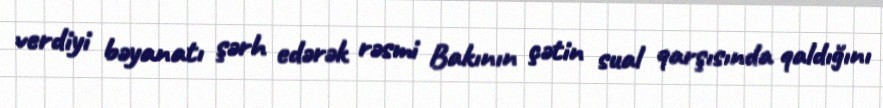
verdiyi bəyanatı şərh edərək rəsmi Bakının çətin sual qarşısında qaldığını